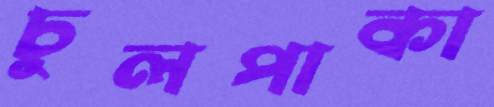
চুলপাকা